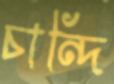
চান্দি